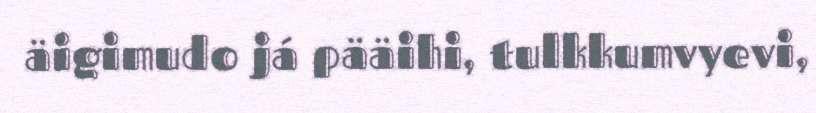
äigimudo já pääihi, tulkkumvyevi,